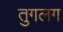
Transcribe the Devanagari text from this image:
तुगलग